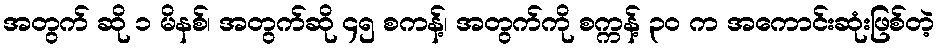
အတွက် ဆို ၁ မိနစ်၊ အတွက်ဆို ၄၅ စကန့်၊ အတွက်ကို စက္ကန့် ၃၀ က အကောင်းဆုံးဖြစ်တဲ့